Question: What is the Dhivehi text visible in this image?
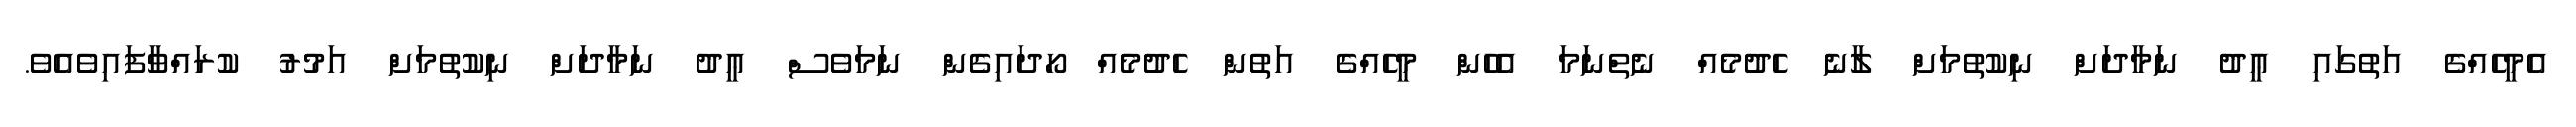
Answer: އެމީހެއްގެ އަތުގައި ޢީދު ނަމާދަށް ނިކުތުމަށް ލާނެ ހެދުމެއް ނެތްނަމަ އެހެން މީހެއްގެ އަތުން ހެދުމެއް ހޯދައިގެން ނަމަވެސް ޢީދު ނަމާދަށް ނިކުތުމަށް އަމުރު ކުރައްވާފައިވެއެވެ.